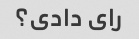
رای دادی؟